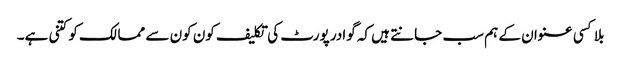
بلا کسی عنوان کے ہم سب جانتے ہیں کہ گوادر پورٹ کی تکلیف کون کون سے ممالک کو کتنی ہے۔